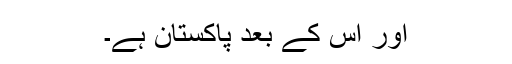
اور اس کے بعد پاکستان ہے۔